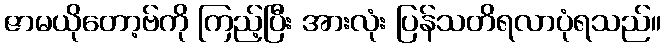
ဇာမယိုတော့ဗ်ကို ကြည့်ပြီး အားလုံး ပြန်သတိရလာပုံရသည်။